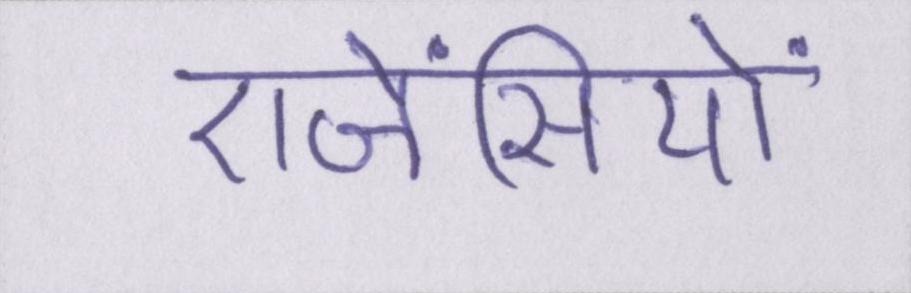
एजेंसियों